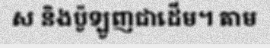
ស និងប៉ូឡូញជាដើម។ តាម